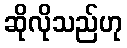
ဆိုလိုသည်ဟု